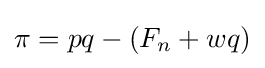
\pi =pq-(F_{n}+wq)